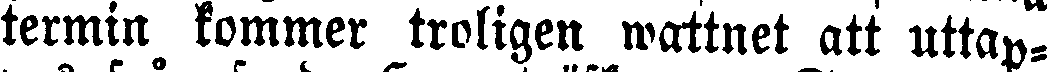
termin kommer troligen wattnet att uttap-